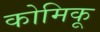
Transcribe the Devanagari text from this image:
कोमिकू